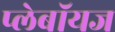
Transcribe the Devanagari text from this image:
प्लेबॉयज